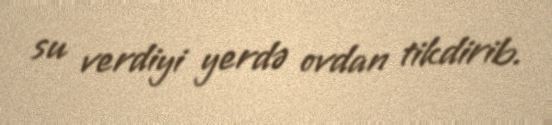
su verdiyi yerdə ovdan tikdirib.